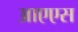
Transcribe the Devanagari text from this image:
आएएस